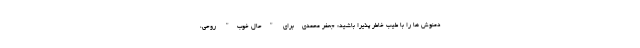
دمنوش ها را با طیب خاطر پذیرا باشید: جعفر محمدی - برای "حال خوب" روحی،